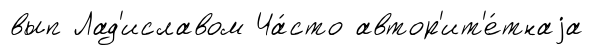
вып Лад'иславом Ча́сто автор'ит'е́тнаjа